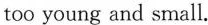
too young and small.